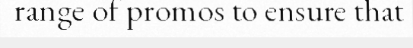
range of promos to ensure that